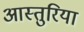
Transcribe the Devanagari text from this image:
आस्तुरिया